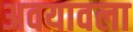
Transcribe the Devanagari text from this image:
अवयावला